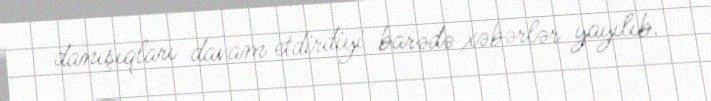
danışıqları davam etdirdiyi barədə xəbərlər yayılıb.